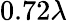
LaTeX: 0.72\lambda